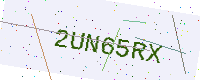
Text: 2UN65RX